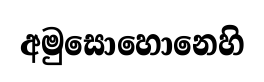
අමුසොහොනෙහි